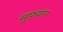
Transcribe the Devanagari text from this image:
सुफ़यान